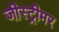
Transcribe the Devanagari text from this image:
जीस्ट्रीमर